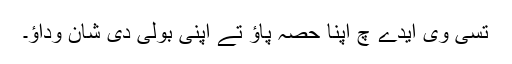
تسی وی ایدے چ اپنا حصہ پاؤ تے اپنی بولی دی شان وداؤ۔